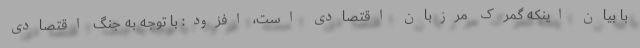
با بیان اینکه گمرک مرزبان اقتصادی است، افزود: با توجه به جنگ اقتصادی